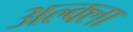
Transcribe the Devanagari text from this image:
अल्क्ला